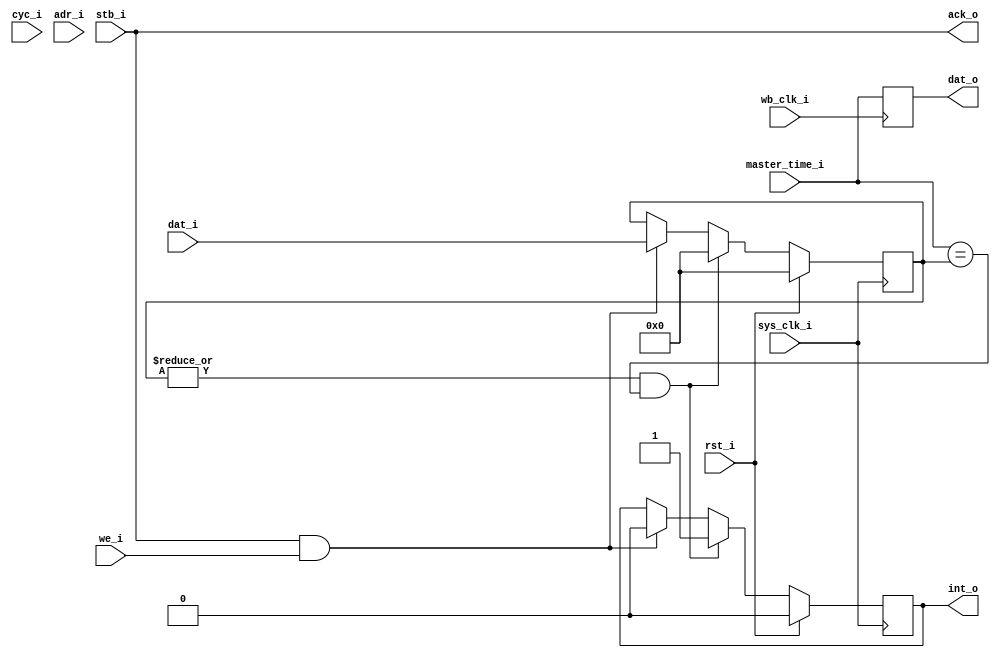
//
// Copyright 2011 Ettus Research LLC
//
// This program is free software: you can redistribute it and/or modify
// it under the terms of the GNU General Public License as published by
// the Free Software Foundation, either version 3 of the License, or
// (at your option) any later version.
//
// This program is distributed in the hope that it will be useful,
// but WITHOUT ANY WARRANTY; without even the implied warranty of
// MERCHANTABILITY or FITNESS FOR A PARTICULAR PURPOSE.  See the
// GNU General Public License for more details.
//
// You should have received a copy of the GNU General Public License
// along with this program.  If not, see <http://www.gnu.org/licenses/>.
//



module timer
  (input wb_clk_i, input rst_i,
   input cyc_i, input stb_i, input [2:0] adr_i,
   input we_i, input [31:0] dat_i, output [31:0] dat_o, output ack_o,
   input sys_clk_i, input [31:0] master_time_i,
   output int_o );

   reg [31:0] time_wb;
   always @(posedge wb_clk_i)
     time_wb <= master_time_i;

   assign     ack_o = stb_i;

   reg [31:0] int_time;
   reg 	      int_reg;
   
   always @(posedge sys_clk_i)
     if(rst_i)
       begin
	  int_time <= 0;
	  int_reg <= 0;
       end
     else if(|int_time && (master_time_i == int_time))
       begin
	  int_time <= 0;
	  int_reg <= 1;
       end
     else if(stb_i & we_i)
       begin
	  int_time <= dat_i;
	  int_reg <= 0;
       end

   assign dat_o = time_wb;
   assign int_o = int_reg;
   
endmodule // timer